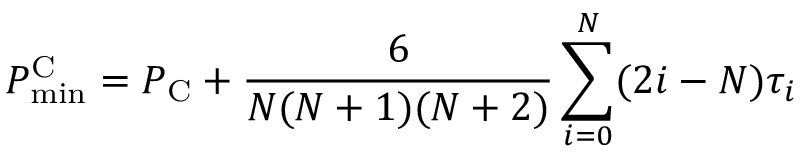
P _ { \mathrm { m i n } } ^ { \mathrm C } = P _ { \mathrm C } + { \frac { 6 } { N ( N + 1 ) ( N + 2 ) } } \sum _ { i = 0 } ^ { N } ( 2 i - N ) \tau _ { i }